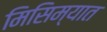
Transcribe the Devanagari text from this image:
मिसिम्यात